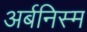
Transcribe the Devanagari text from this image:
अर्बनिस्म